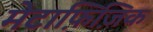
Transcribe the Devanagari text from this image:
मेटाफ़िज़िक